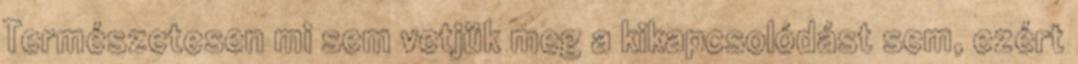
Természetesen mi sem vetjük meg a kikapcsolódást sem, ezért